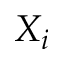
X _ { i }